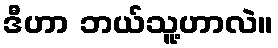
ဒီဟာ ဘယ်သူ့ဟာလဲ။